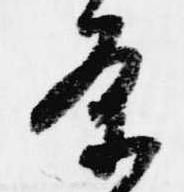
条